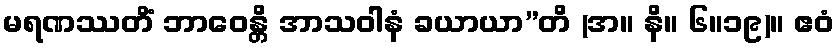
မရဏဿတိံ ဘာဝေန္တိ အာသဝါနံ ခယာယာ”တိ (အ။ နိ။ ၆။၁၉)။ ဧဝံ